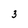
Character: 3